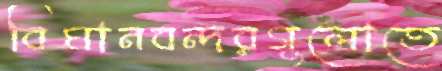
বিমানবন্দরগুলোতে